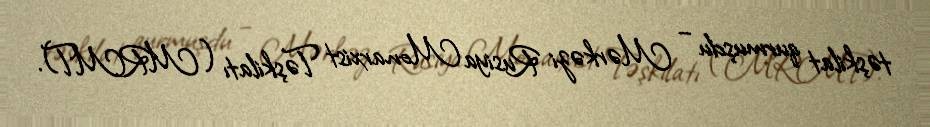
təşkilat qurmuşdu – Mərkəzi Rusiya Monarxist Təşkilatı (MRMT).